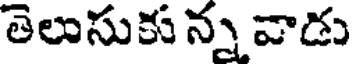
తెలుసుకు న్న వాడు